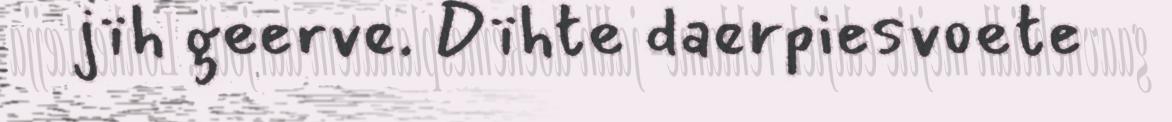
jïh geerve. Dïhte daerpiesvoete